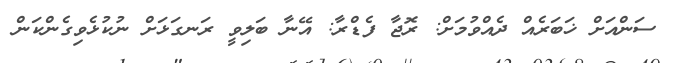
ސަންއަށް ޚަބަރެއް ދެއްވުމަށް: ރޮޖާ ފެޑްރާ: އޭނާ ބަލިވީ ރަނގަޅަށް ނުކުޅެވިގެންކަން